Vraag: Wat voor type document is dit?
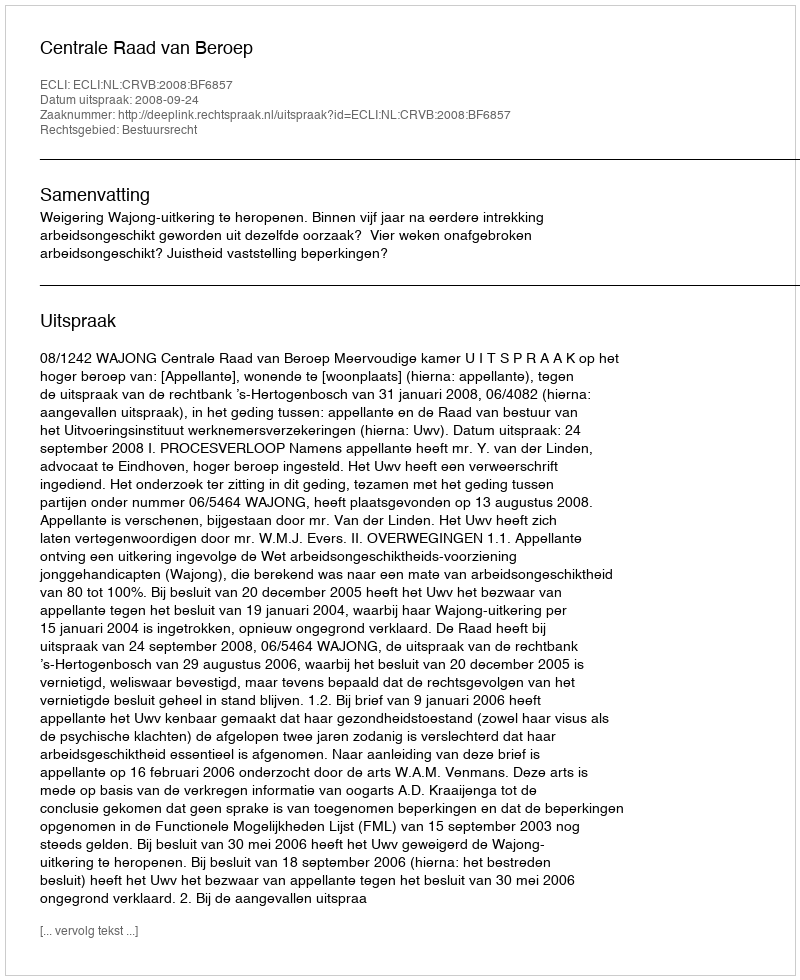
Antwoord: Uitspraak